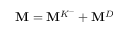
\mathbf { M } = \mathbf { M } ^ { K ^ { - } } + \mathbf { M } ^ { D }